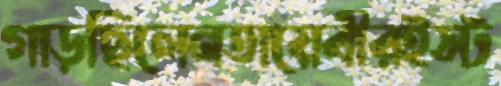
গাড়ছিলেনতায়েবীরইস্ট